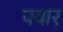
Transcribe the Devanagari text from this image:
पवार्